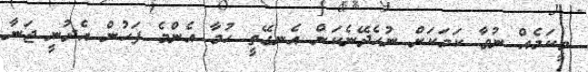
ވީކަމެއް ނުވާ ކަމަކަށް ނުހެދޭނެކަން އެނގޭތީ ހުމާ އެންމެ ފަހުން އެދުނީ ޖަނާ